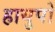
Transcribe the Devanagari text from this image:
हायुपो